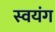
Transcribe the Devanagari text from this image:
स्वयंग